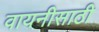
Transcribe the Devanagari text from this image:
वायनीसाठी